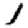
Digit: 1